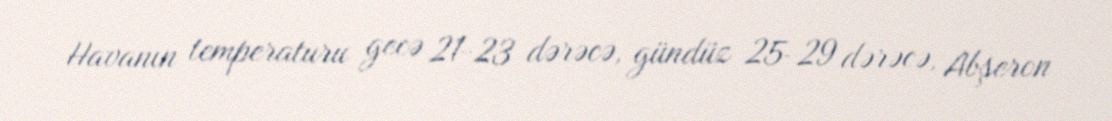
Havanın temperaturu gecə 21-23 dərəcə, gündüz 25-29 dərəcə, Abşeron